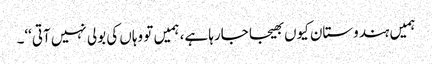
ہمیں ہندوستان کیوں بھیجا جارہا ہے، ہمیں تو وہاں کی بولی نہیں آتی‘‘۔